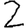
Digit: 2